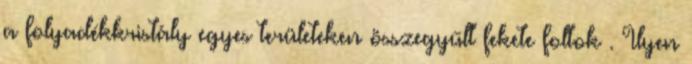
a folyadékkristály egyes területeken összegyűlt fekete foltok . Ilyen